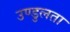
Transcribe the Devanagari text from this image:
उण्डुलता